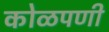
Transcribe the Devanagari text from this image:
कोळपणी